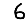
Digit: 6